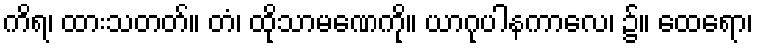
ကိရ၊ ထားသတတ်။ တံ၊ ထိုသာမဏေကို။ ယာဂုပါနကာလေ၊ ၌။ ထေရော၊